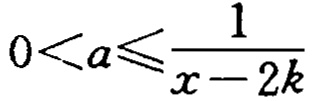
\(0 < a \leqslant \frac{1}{x - 2k}\)